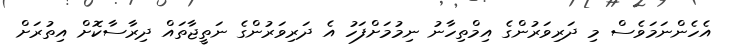
އެހެންނަމަވެސް މި ދަރިވަރުންގެ އިމްތިހާނު ނިމުމަށްފަހު އެ ދަރިވަރުންގެ ނަތީޖާތައް ދިރާސާކޮށް އިތުރަށް